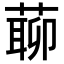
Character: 𦺹